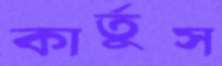
কার্তুস